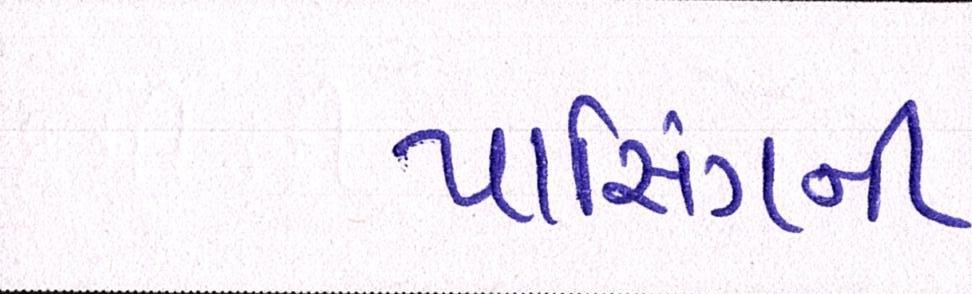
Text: પાસિંગની